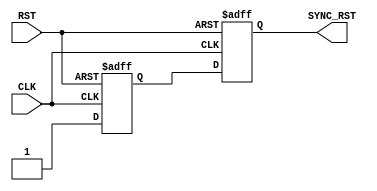
module RST_SYNC (
  input CLK,
  input RST,
  output reg SYNC_RST
  );
  
  reg EN;
  
  always @ (posedge CLK , negedge RST)
   begin
     if (!RST)
       begin
         EN <= 0;
         SYNC_RST <= 0; 
       end
     else
       begin
         EN <= 1;
         SYNC_RST <= EN;
       end  
   end
   
 endmodule